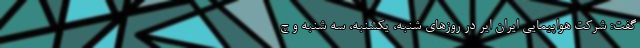
گفت: شرکت هواپیمایی ایران ایر در روزهای شنبه، یکشنبه، سه شنبه و چ